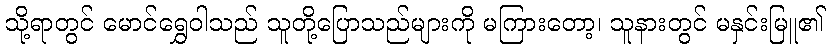
သို့ရာတွင် မောင်ရွှေဝါသည် သူတို့ပြောသည်များကို မကြားတော့၊ သူနားတွင် မနှင်းမြူ၏